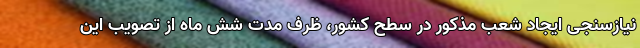
نیازسنجی ایجاد شعب مذکور در سطح کشور، ظرف مدت شش ماه از تصویب این